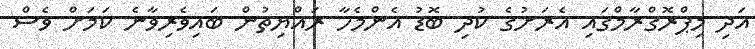
އަދި މިޕްރޮގްރާމްގައި އެރަށުގެ ކުދި ބޮޑު އެންމެހާ ރައްޔިތުން ބައިވެރިވާނެ ކަމަށް ވެސް